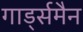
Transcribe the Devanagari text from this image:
गार्ड्समैन